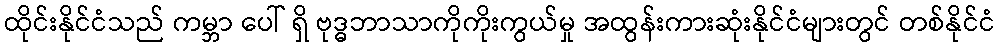
ထိုင်းနိုင်ငံသည် ကမ္ဘာ ပေါ် ရှိ ဗုဒ္ဓဘာသာကိုကိုးကွယ်မှု အထွန်းကားဆုံးနိုင်ငံများတွင် တစ်နိုင်ငံ